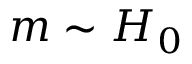
m \sim H _ { 0 }